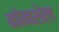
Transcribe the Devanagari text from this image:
कोनशेल